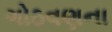
ગોઠવણના